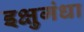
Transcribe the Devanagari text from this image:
इक्षुगंधा